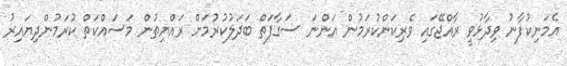
އެމަނިކުފާނު ވިދާޅުވީ ރާއްޖޭގައި ވެރިކަންކުރަމުން އަންނަ ސަގާފަތް ބަދަލުކުރުމަށް ރައްޔިތުން މަސައްކަތް ކުރަމުންދިޔައިރު